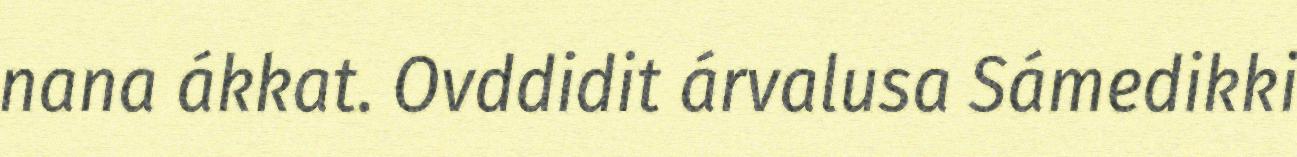
nana ákkat. Ovddidit árvalusa Sámedikki